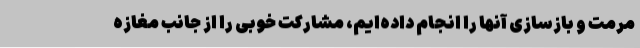
مرمت و بازسازی آنها را انجام داده‌ایم، مشارکت خوبی را از جانب مغازه